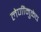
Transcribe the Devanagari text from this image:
लेणींमुळेच